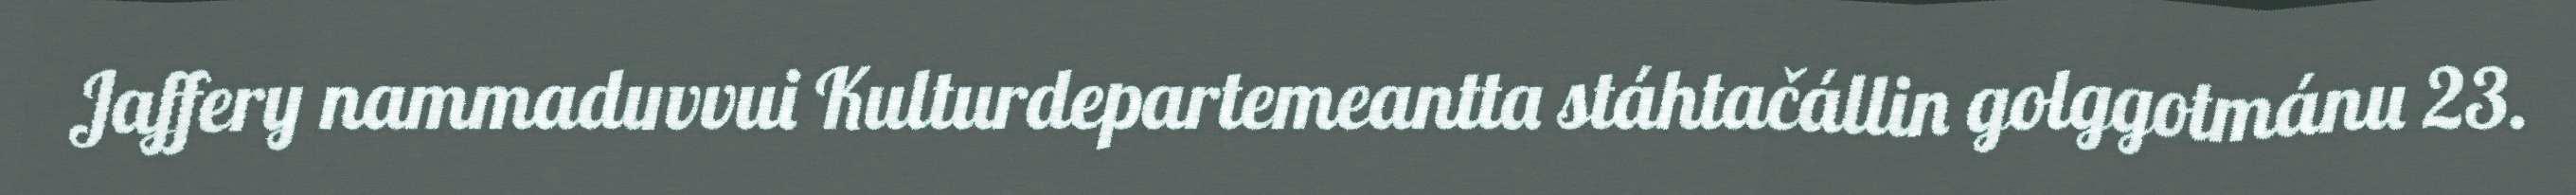
Jaffery nammaduvvui Kulturdepartemeantta stáhtačállin golggotmánu 23.